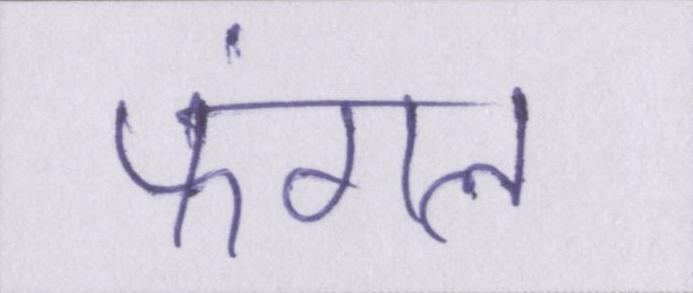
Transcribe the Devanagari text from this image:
फंगल